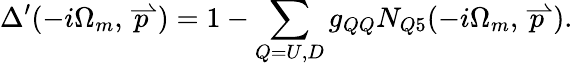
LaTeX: {\Delta}^{\prime}(-i\Omega_{m},\stackrel{\rightharpoonup}{p})=1-\sum_{Q=U,D}g_{QQ}N_{Q5}(-i\Omega_{m},\stackrel{\rightharpoonup}{p}).